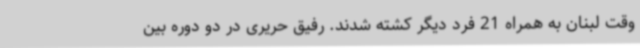
وقت لبنان به همراه 21 فرد دیگر کشته شدند. رفیق حریری در دو دوره بین